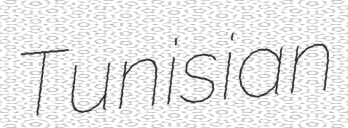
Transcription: Tunisian